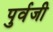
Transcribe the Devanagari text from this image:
पुर्वजी